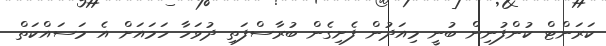
ކަރަންޓް ކުންފުނިން ބުނީ މިއަދުން ފެށިގެން ބުރާސްފަތި ދުވަހާ ހަމައަށް އެ މަސައްކަތް